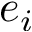
e _ { i }